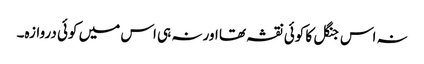
نہ اس جنگل کا کوئی نقشہ تھا اور نہ ہی اس میں کوئی دروازہ۔